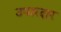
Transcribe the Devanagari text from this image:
उभारदार